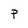
Character: P